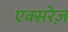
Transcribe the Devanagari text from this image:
एक्सरेज़